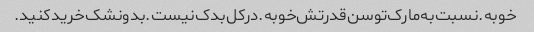
خوبه.نسبت‌به‌‌مارک‌توسن‌قدرتش‌خوبه.درکل‌بدک‌نیست.بدونشک‌خرید‌کنید.